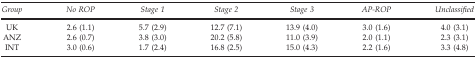
<table><thead><tr><td><b><i>Group</i></b></td><td><b><i>No ROP</i></b></td><td><b><i>Stage 1</i></b></td><td><b><i>Stage 2</i></b></td><td><b><i>Stage 3</i></b></td><td><b><i>AP-ROP</i></b></td><td><b><i>Unclassified</i></b></td></tr></thead><tbody><tr><td>UK</td><td>2.6 (1.1)</td><td>5.7 (2.9)</td><td>12.7 (7.1)</td><td>13.9 (4.0)</td><td>3.0 (1.6)</td><td>4.0 (3.1)</td></tr><tr><td>ANZ</td><td>2.6 (0.7)</td><td>3.8 (3.0)</td><td>20.2 (5.8)</td><td>11.0 (3.9)</td><td>2.0 (1.1)</td><td>2.3 (3.1)</td></tr><tr><td>INT</td><td>3.0 (0.6)</td><td>1.7 (2.4)</td><td>16.8 (2.5)</td><td>15.0 (4.3)</td><td>2.2 (1.6)</td><td>3.3 (4.8)</td></tr></tbody></table>